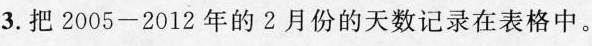
3.把2005——2012年2月份的天数记录在表格中。